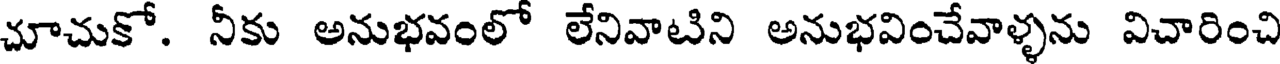
చూచుకో. నీకు అనుభవంలో లేనివాటిని అనుభవించేవాళ్ళను విచారించి